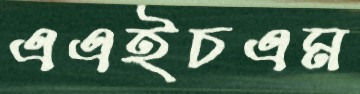
এএইচএম